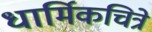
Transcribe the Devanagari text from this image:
धार्मिकचित्रे